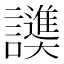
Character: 𬣓